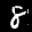
Label: 8